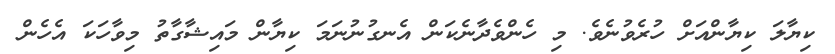
ކިޔާލަ ކިޔާންއަށް ހުރެވުނެވެ. މި ހެންވެދާނެކަން އެނގުނުނަމަ ކިޔާން މައިޝާގާތު މިވާހަކަ އެހެން